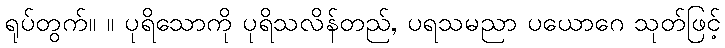
ရုပ်တွက်။ ။ ပုရိသောကို ပုရိသလိန်တည်, ပရသမညာ ပယောဂေ သုတ်ဖြင့်